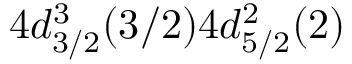
4 d _ { 3 / 2 } ^ { 3 } ( 3 / 2 ) 4 d _ { 5 / 2 } ^ { 2 } ( 2 )